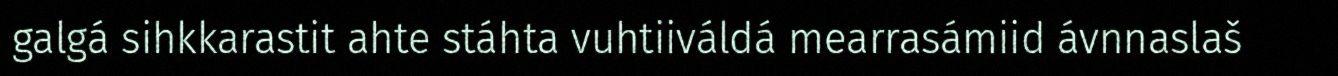
galgá sihkkarastit ahte stáhta vuhtiiváldá mearrasámiid ávnnaslaš